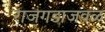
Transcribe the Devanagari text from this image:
राजगडाजवळ